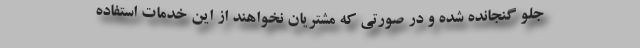
جلو گنجانده شده و در صورتی که مشتریان نخواهند از این خدمات استفاده